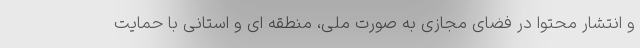
و انتشار محتوا در فضای مجازی به صورت ملی، منطقه ای و استانی با حمایت